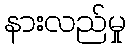
နားလည်မှု